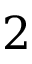
2